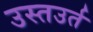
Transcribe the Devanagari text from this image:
उस्तउर्त